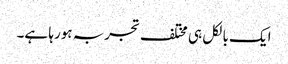
ایک بالکل ہی مختلف تجربہ ہورہا ہے۔